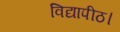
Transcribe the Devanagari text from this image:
विद्यापीठ।